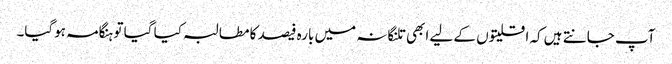
آپ جانتے ہیں کہ اقلیتوں کے لیے ابھی تلنگانہ میں بارہ فیصد کا مطالبہ کیا گیا تو ہنگامہ ہوگیا۔